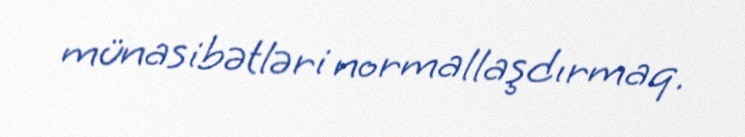
münasibətləri normallaşdırmaq.